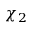
\chi _ { 2 }